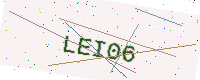
Text: LEI06